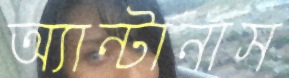
অ্যান্টানাস